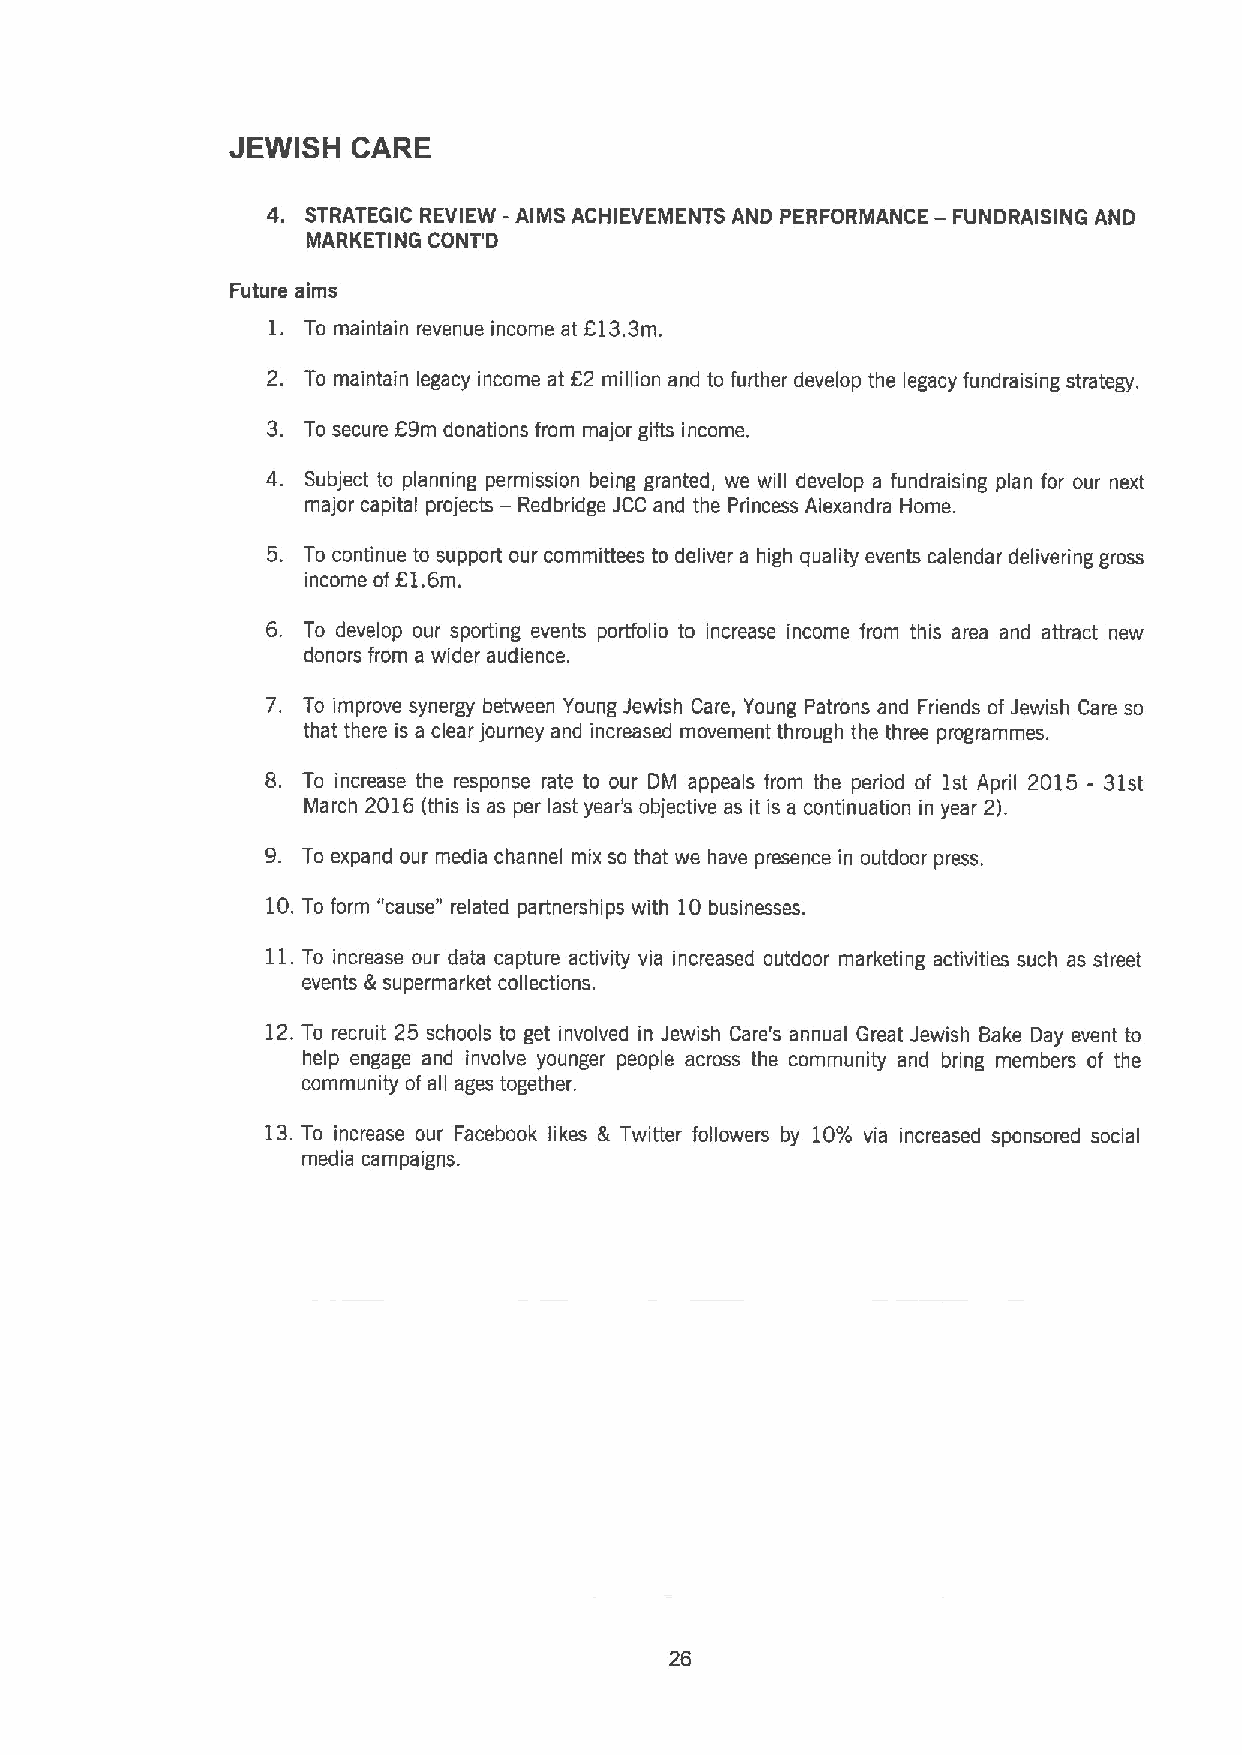
JEWISH  CARE
 4. STRATEGIC REVIEW -AIMS ACHIEVEMENTS AND PERFORMANCE — FUNDRAISING AND
 MARKETING CONT'D
 Future aims
 1. To maintain revenue income at 613.3m.
 2. To maintain legacy income at 62 million and to further develop the legacy fundraising strategy.
 3. To secure 69m donations from major gifts income.
 4. Subject to planning permission being granted, we will develop a fundraising plan for our next
 —
 major capital projects Redbridge JCC and the Princess Alexandra Home.
 5. To continue to support our committees to deliver a high quality events calendar delivering gross
 income
 of21.6m.
 6. To develop our sporting events porffolio to increase income from this area and attract new
 donors from a wider audience.
 7. To improve synergy between Young Jewish Care, Young Patrons and Friends of Jewish Care so
 that there is a clear journey and increased movement through the three programmes.
 8. To increase the response rate to our DM appeals from the period of 1st April 2015 - 31st
 March 2016(this is as per last year's objective as it is a continuation in year 2).
 9. To expand our media channel mix so that we have presence in outdoor press.
 10.To form "cause" related partnerships with 10businesses.
 11.
 To increase our data capture activity via increased outdoor marketing activities such as street
 events &supermarket collections.
 12.To recruit 25 schools to get involved in Jewish Care's annual Great Jewish Bake Day event to
 help engage and involve younger people across the community and bring members of the
 community of all ages together.
 13.To increase our Facebook likes & Twitter followers by 10% via increased sponsored social
 media campaigns.
 26